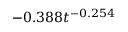
- 0 . 3 8 8 t ^ { - 0 . 2 5 4 }